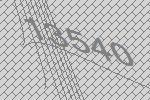
13540